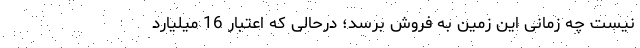
نیست چه زمانی این زمین به فروش برسد؛ درحالی که اعتبار 16 میلیارد